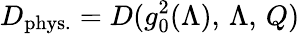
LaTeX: D_{\mathrm{phys.}}=D(g_{0}^{2}(\Lambda),\, \Lambda,\, Q)